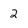
Character: 2